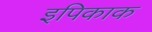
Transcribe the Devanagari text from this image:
इपिकाक